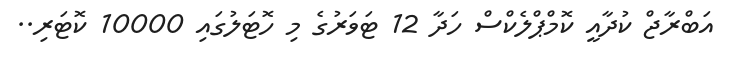
އަބްރާޖް ކުދާއީ ކޮމްޕްލެކްސް ހަދާ 12 ޓަވަރުގެ މި ހޮޓަލުގައި 10000 ކޮޓަރި..